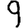
Digit: 9